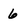
Character: 6